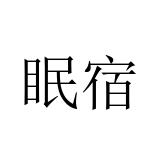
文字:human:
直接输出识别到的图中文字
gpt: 眠宿